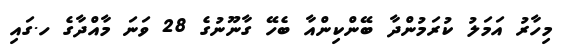
މިހާރު އަމަލު ކުރަމުންދާ ބޭންކިންއާ ބެހޭ ގާނޫނުގެ 28 ވަނަ މާއްދާގެ ހ.ގައި